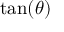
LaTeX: \tan ( \theta )